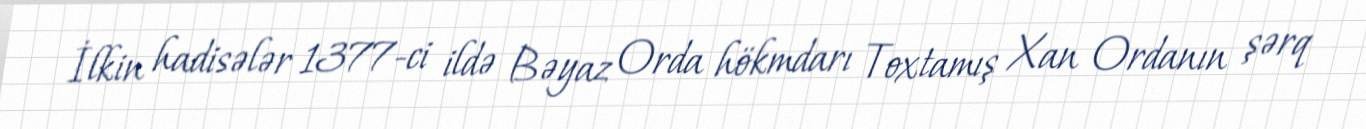
İlkin hadisələr 1377-ci ildə Bəyaz Orda hökmdarı Toxtamış Xan Ordanın şərq